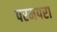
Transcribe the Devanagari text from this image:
परमपरा